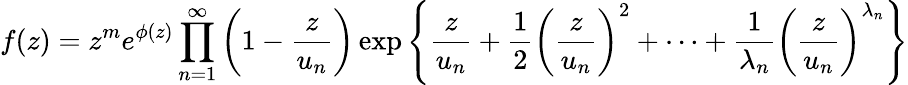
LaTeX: f(z)=z^{m}e^{\phi(z)}\prod_{n=1}^{\infty}\left(1-{\frac{z}{u_{n}}}\right)\exp\left\lbrace{\frac{z}{u_{n}}}+{\frac{1}{2}}\left({\frac{z}{u_{n}}}\right)^{2}+\cdots+{\frac{1}{\lambda_{n}}}\left({\frac{z}{u_{n}}}\right)^{\lambda_{n}}\right\rbrace